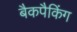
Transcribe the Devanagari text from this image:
बैकपैकिंग